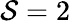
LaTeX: \mathcal{S}=2